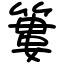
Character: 簍